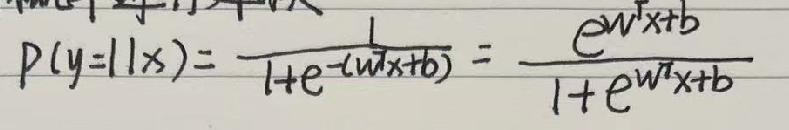
\[
P(y = 1|x)=\frac{1}{1 + e^{-(w^Tx + b)}}=\frac{e^{w^Tx + b}}{1 + e^{w^Tx + b}}
\]